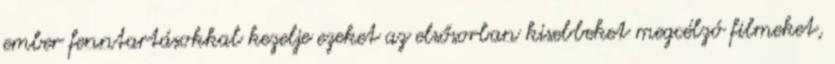
ember fenntartásokkal kezelje ezeket az elsősorban kisebbeket megcélzó filmeket,